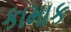
કામાક